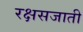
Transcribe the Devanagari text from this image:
रक्षसजाती